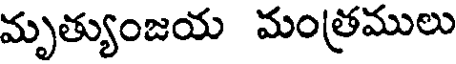
మృత్యుంజయ మంత్రములు